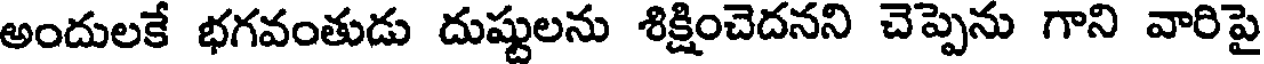
అందులకే భగవంతుడు దుష్టులను శిక్షించెదనని చెప్పెను గాని వారిపై